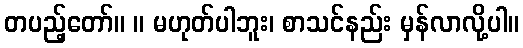
တပည့်တော်။ ။ မဟုတ်ပါဘူး၊ စာသင်နည်း မှန်လာလို့ပါ။